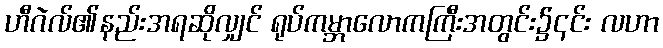
ဟီဂဲလ်၏နည်းအရဆိုလျှင် ရုပ်ကမ္ဘာလောကကြီးအတွင်း၌၎င်း လဟာ